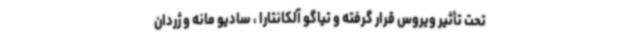
تحت تأثیر ویروس قرار گرفته و تیاگو آلکانتارا ، سادیو مانه و ژردان